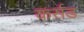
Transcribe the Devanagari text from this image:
कर्सड